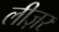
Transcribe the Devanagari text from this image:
लीज़र